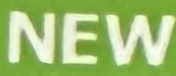
NEW